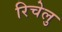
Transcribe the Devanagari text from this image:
रिचेलु